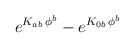
\begin{align*}e^{K_{ab}\, \phi^b} - e^{K_{0b}\,\phi^b}\end{align*}